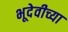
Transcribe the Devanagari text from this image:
भूदेवीच्या